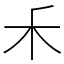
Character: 𥝌